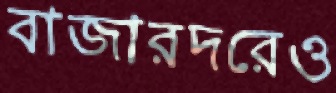
বাজারদরেও